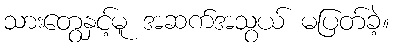
သားတွေနှင့်မူ အဆက်အသွယ် မပြတ်ခဲ့။